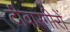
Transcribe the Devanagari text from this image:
दीवारगीरों